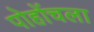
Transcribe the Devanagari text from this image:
पोहोंचला